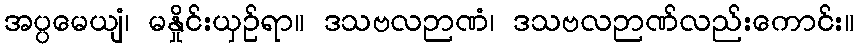
အပ္ပမေယျံ၊ မနှိုင်းယှဉ်ရာ။ ဒသဗလဉာဏံ၊ ဒသဗလဉာဏ်လည်းကောင်း။